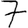
Digit: 7